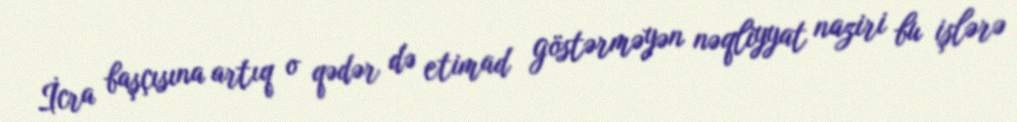
İcra başçısına artıq o qədər də etimad göstərməyən nəqliyyat naziri bu işlərə